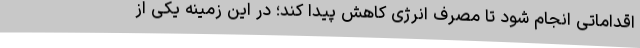
اقداماتی انجام شود تا مصرف انرژی کاهش پیدا کند؛ در این زمینه یکی از